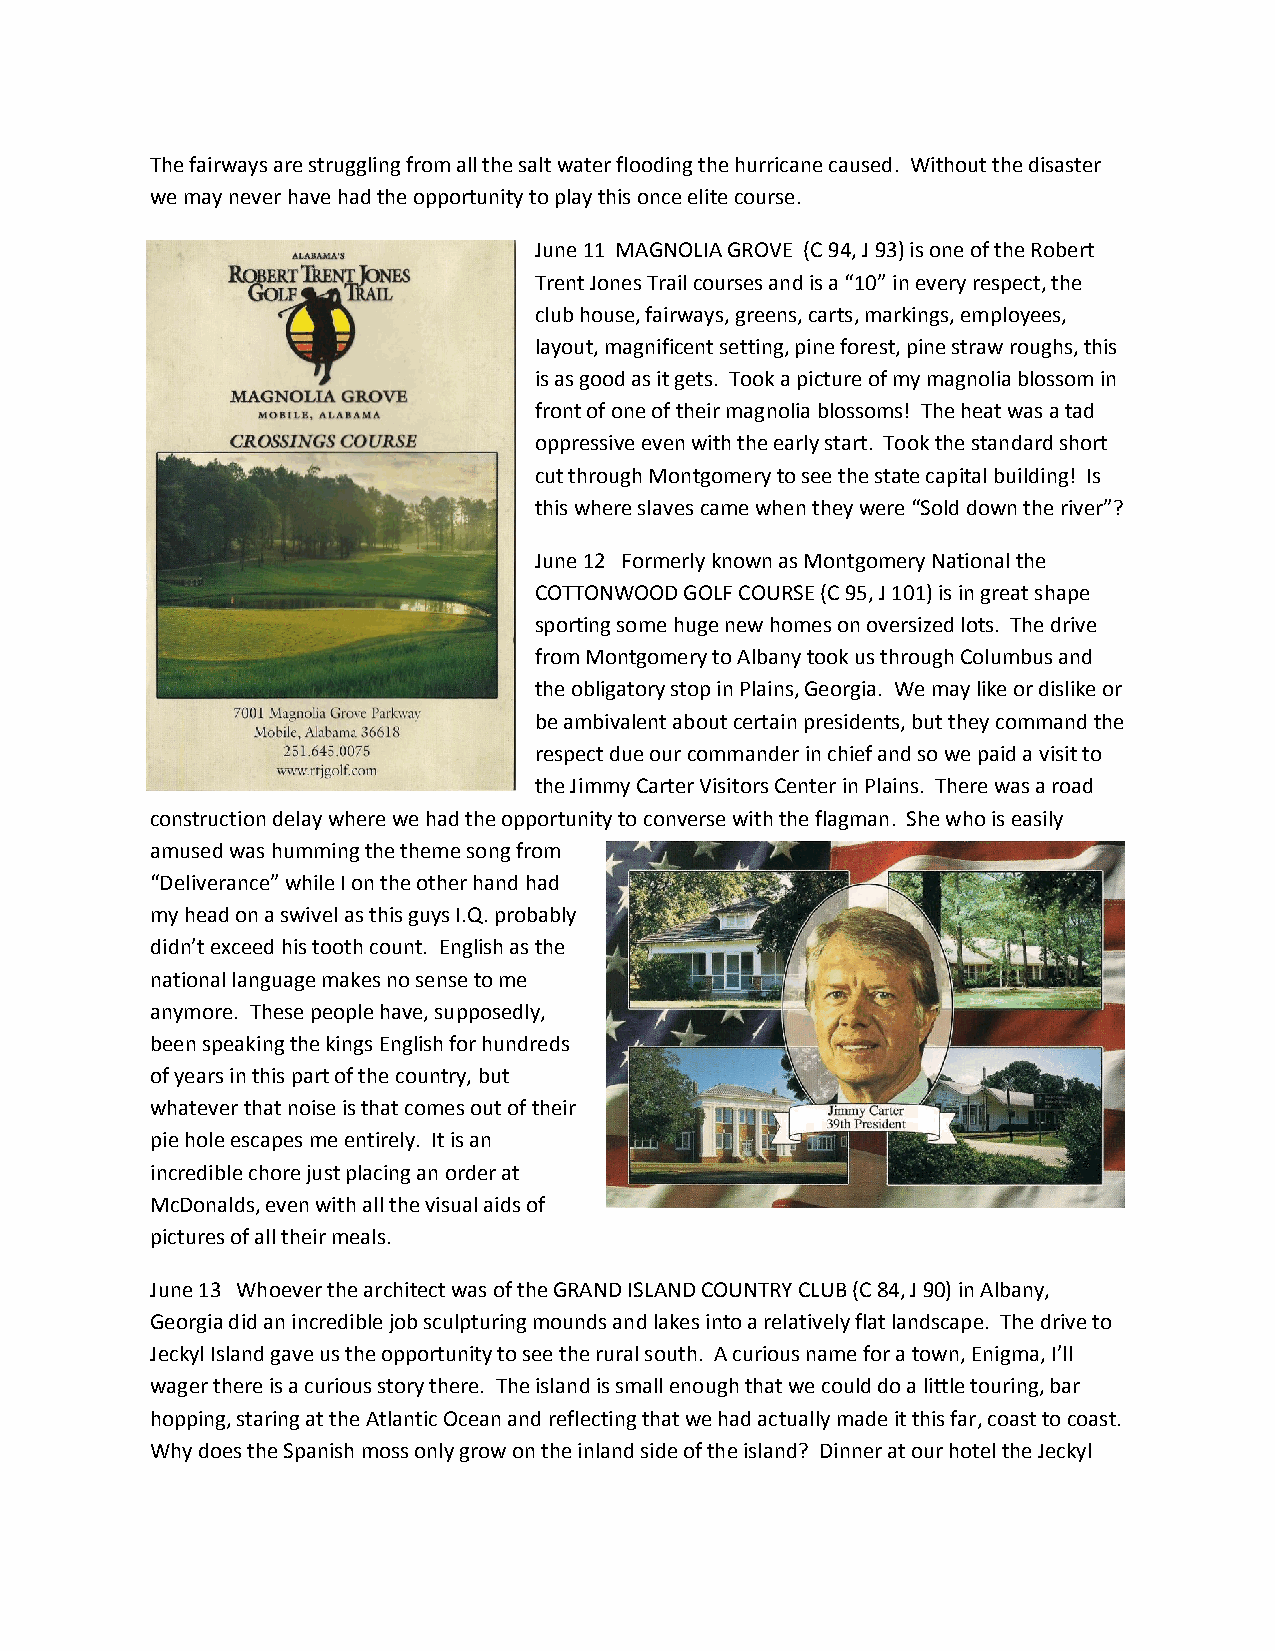
The fairways are struggling from all the salt water flooding the hurricane caused. Without the disaster
 we may never have had the opportunity to play this once elite course.
 June 11 MAGNOLIA GROVE (C 94, J 93) is one of the Robert
 Trent Jones Trail courses and is a “10” in every respect, the
 club house, fairways, greens, carts, markings, employees,
 layout, magnificent setting, pine forest, pine straw roughs, this
 is as good as it gets. Took a picture of my magnolia blossom in
 front of one of their magnolia blossoms! The heat was a tad
 oppressive even with the early start. Took the standard short
 cut through Montgomery to see the state capital building! Is
 this where slaves came when they were “Sold down the river”?
 June 12 Formerly known as Montgomery National the
 COTTONWOOD GOLF COURSE (C 95, J 101) is in great shape
 sporting some huge new homes on oversized lots. The drive
 from Montgomery to Albany took us through Columbus and
 the obligatory stop in Plains, Georgia. We may like or dislike or
 be ambivalent about certain presidents, but they command the
 respect due our commander in chief and so we paid a visit to
 the Jimmy Carter Visitors Center in Plains. There was a road
 construction delay where we had the opportunity to converse with the flagman. She who is easily
 amused was humming the theme song from
 “Deliverance” while I on the other hand had
 my head on a swivel as this guys I.Q. probably
 didn’t exceed his tooth count. English as the
 national language makes no sense to me
 anymore. These people have, supposedly,
 been speaking the kings English for hundreds
 of years in this part of the country, but
 whatever that noise is that comes out of their
 pie hole escapes me entirely. It is an
 incredible chore just placing an order at
 McDonalds, even with all the visual aids of
 pictures of all their meals.
 June 13 Whoever the architect was of the GRAND ISLAND COUNTRY CLUB (C 84, J 90) in Albany,
 Georgia did an incredible job sculpturing mounds and lakes into a relatively flat landscape. The drive to
 Jeckyl Island gave us the opportunity to see the rural south. A curious name for a town, Enigma, I’ll
 wager there is a curious story there. The island is small enough that we could do a little touring, bar
 hopping, staring at the Atlantic Ocean and reflecting that we had actually made it this far, coast to coast.
 Why does the Spanish moss only grow on the inland side of the island? Dinner at our hotel the Jeckyl